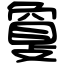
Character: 𢿌